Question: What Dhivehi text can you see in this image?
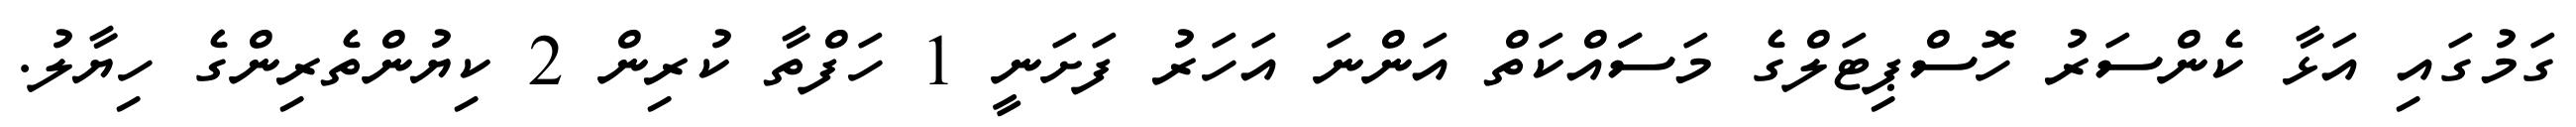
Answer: ގަމުގައި އަޅާ ކެންސަރު ހޮސްޕިޓަލްގެ މަސަައްކަތް އަންނަ އަހަރު ފަށަނީ 1 ހަފްތާ ކުރިން 2 ކިޔުންތެރިންގެ ހިޔާލު.